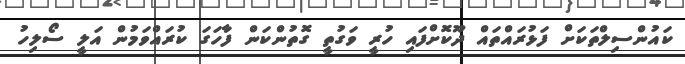
ކައުންސިލްތަކަށް ފަޅުރައްތައް ދޫކޮށްފައި ހުރީ ވަގުތީ ގޮތުންކަން ފާހަގަ ކުރައްވަމުން އަލީ ސޯލިހު